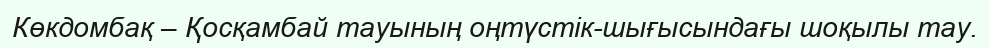
Көкдомбақ – Қосқамбай тауының оңтүстік-шығысындағы шоқылы тау.